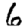
Digit: 6